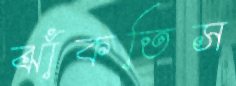
ঝাঁকতিস